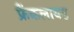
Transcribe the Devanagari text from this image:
फ्रैंकलायड